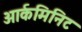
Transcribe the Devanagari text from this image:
आर्कमिनिट